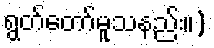
ရွတ်တော်မူသနည်း။)